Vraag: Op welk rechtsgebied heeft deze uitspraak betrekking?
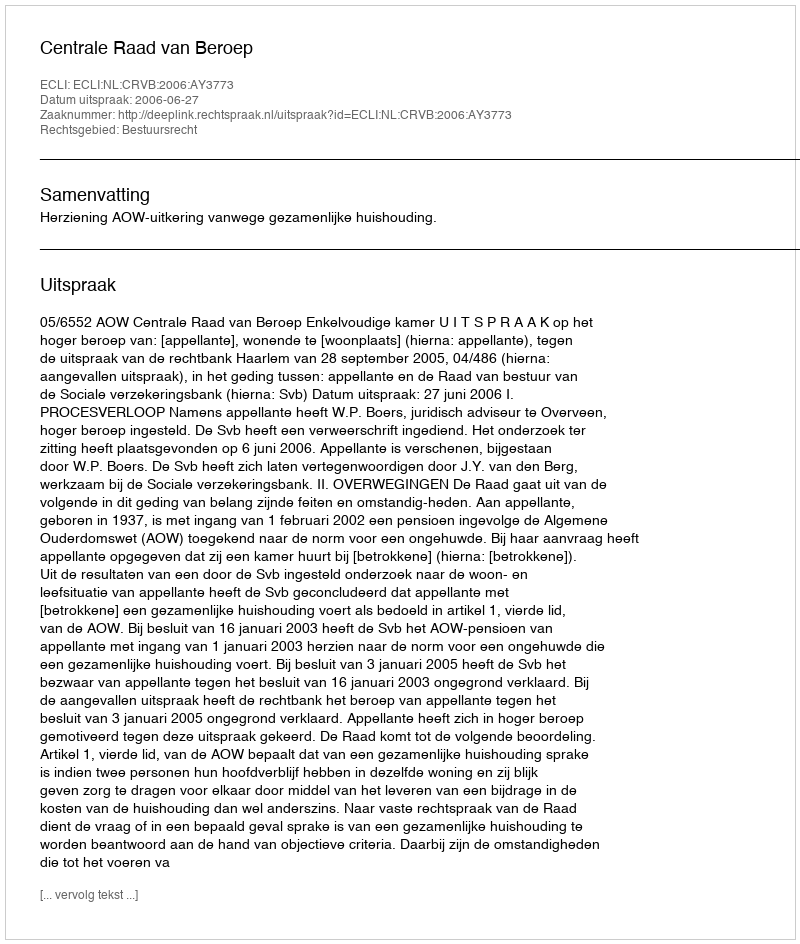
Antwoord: Bestuursrecht